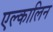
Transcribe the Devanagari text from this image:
एल्कालिन